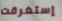
إستغرقت